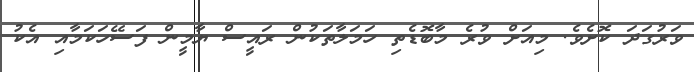
ވަރުގަދަ ކޮށެވެ. މިއަށް ވުރެ މާބޮޑެތި ހަމަލާތަކުން ރައީސް ޔާމީން ފަސޭހަކަމާއި އެކު